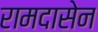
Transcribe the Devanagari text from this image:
रामदासेन